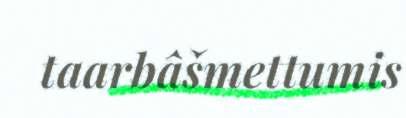
taarbâšmettumis